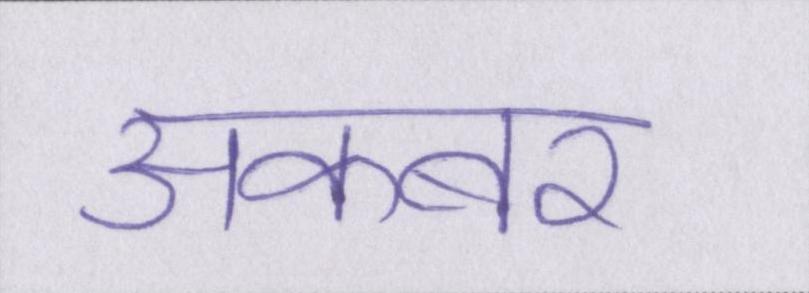
अकबर